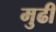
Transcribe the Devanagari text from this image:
मुढी